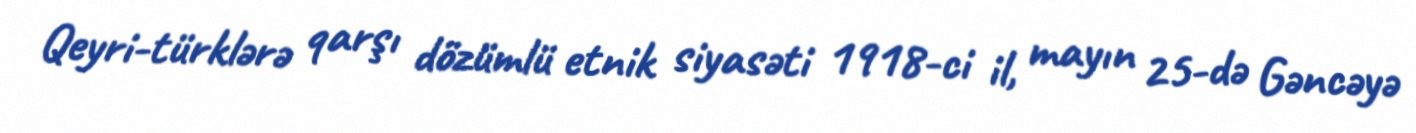
Qeyri-türklərə qarşı dözümlü etnik siyasəti 1918-ci il, mayın 25-də Gəncəyə